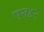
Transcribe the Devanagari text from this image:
एन८२